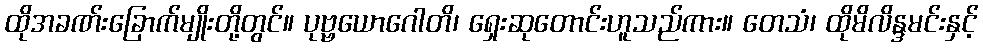
ထိုအခဏ်းခြောက်မျိုးတို့တွင်။ ပုဗ္ဗယောဂေါတိ၊ ရှေးဆုတောင်းဟူသည်ကား။ တေသံ၊ ထိုမိလိန္ဒမင်းနှင့်